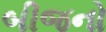
બીજનો